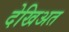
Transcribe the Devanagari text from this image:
देखिअत